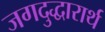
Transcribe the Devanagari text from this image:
जगदुद्धारार्थ